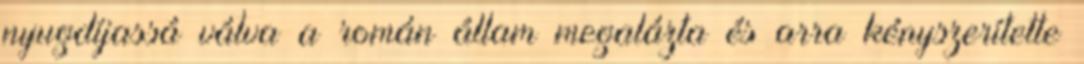
nyugdíjassá válva a román állam megalázta és arra kényszerítette